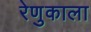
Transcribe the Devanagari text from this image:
रेणुकाला